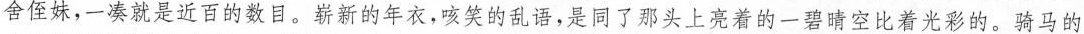
舍侄妹，一凑就是近百的数目。崭新的年衣，咳笑的乱语，是同了那头上亮着的一碧晴空比着光彩的。骑马的